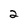
Character: 2